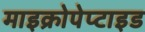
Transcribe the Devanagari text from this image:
माइक्रोपेप्टाइड